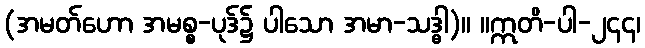
(အမတ်ဟော အမစ္စ-ပုဒ်၌ ပါသော အမာ-သဒ္ဓါ)။ ။ဣတိ-ပါ-၂၄၄၊